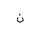
Letter: _non